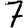
Digit: 7